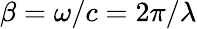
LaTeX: \beta=\omega/c=2\pi/\lambda